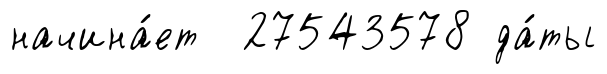
начина́ет 27543578 да́ты